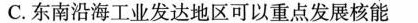
C.东南沿海工业发达地区可以重点发展核能